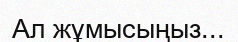
Ал жұмысыңыз...